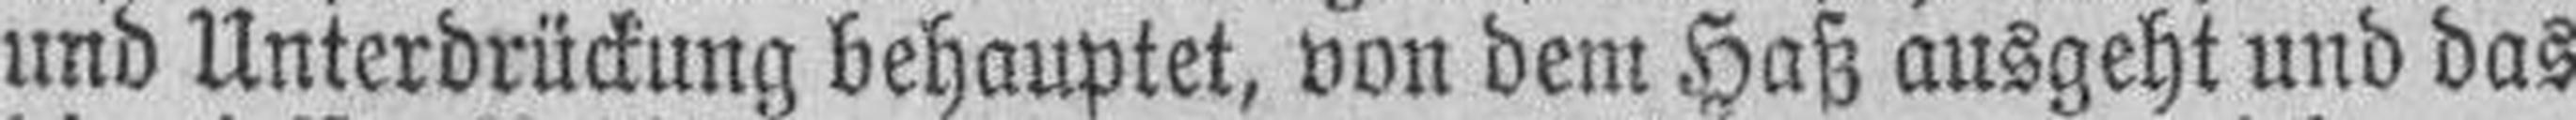
und Unterdrückung behauptet, von dem Haß ausgehl und das